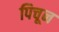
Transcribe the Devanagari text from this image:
पिचून